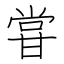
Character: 甞